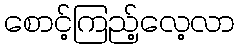
စောင့်ကြည့်လေ့လာ